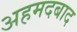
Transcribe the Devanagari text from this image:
अहमदबाद